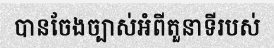
បានចែងច្បាស់អំពីតួនាទីរបស់